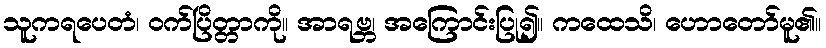
သူကရပေတံ၊ ဝက်ပြိတ္တာကို။ အာရဗ္ဘ၊ အကြောင်းပြု၍။ ကထေသိ၊ ဟောတော်မူ၏။